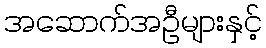
အဆောက်အဦများနှင့်